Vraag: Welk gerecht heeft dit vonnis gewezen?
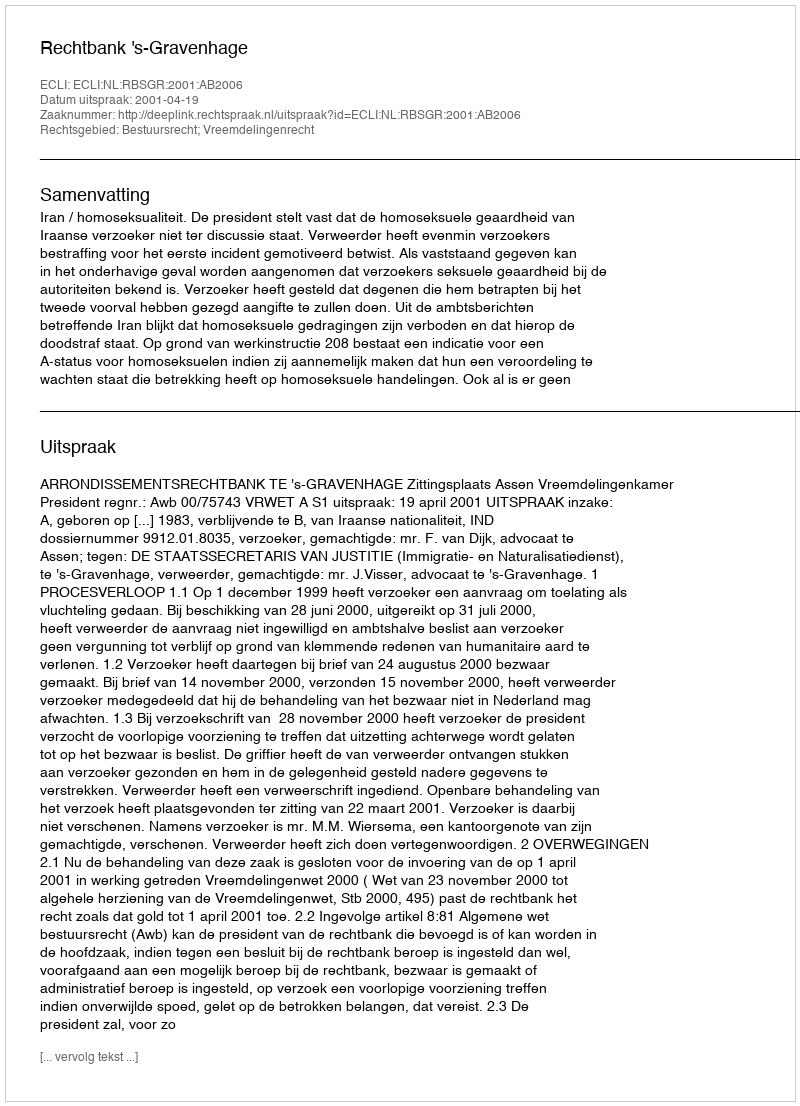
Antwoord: Rechtbank 's-Gravenhage